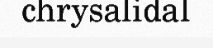
chrysalidal